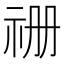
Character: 𮁧